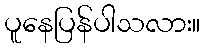
ပူနေပြန်ပါသလား။